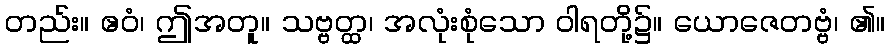
တည်း။ ဧဝံ၊ ဤအတူ။ သဗ္ဗတ္ထ၊ အလုံးစုံသော ဝါရတို့၌။ ယောဇေတဗ္ဗံ၊ ၏။